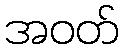
အဝတ်